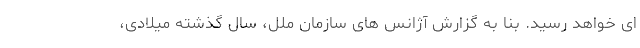
ای خواهد رسید. بنا به گزارش آژانس های سازمان ملل، سال گذشته میلادی،